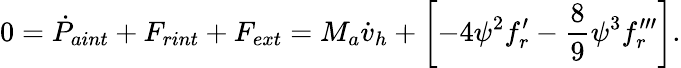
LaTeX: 0=\dot{P}_{aint}+F_{rint}+F_{ext}=M_{a}\dot{v}_{h}+\left[-4{\psi}^{2}f_{r}^{\prime}-{\frac{8}{9}}{\psi}^{3}f_{r}^{\prime\prime\prime}\right].